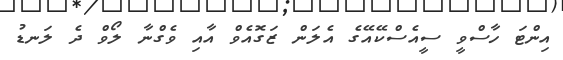
އިންޓަ ހާސްވީ ސީއެސްކޭއޭގެ އެލަން ޒަގޮއެވް އާއި ވެގްނާ ލޯވް ދެ ލަނޑު